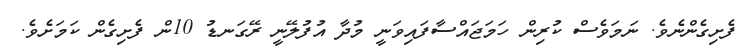
ފެށިގެންނެވެ. ނަމަވެސް ކުރިން ހަމަޖައްސާފައިވަނީ މުދާ އުފުލޭނީ ރޭގަނޑު 10ން ފެށިގެން ކަމަށެވެ.